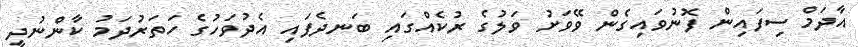
އާދަމް ސިފައިން ފޮނުވައިގެން ވޭވަށު ވަލުގެ ރުކެއްގައި ބަނދެފައި އެދުވަހުގެ ހަތަރުދަމު ކާންނުދީ